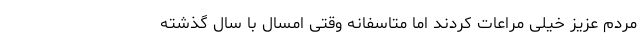
مردم عزیز خیلی مراعات کردند اما متاسفانه وقتی امسال با سال گذشته